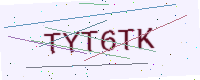
Text: TYT6TK